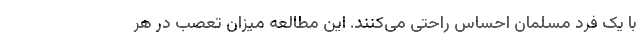
با یک فرد مسلمان احساس راحتی می‌کنند. این مطالعه میزان تعصب در هر